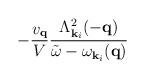
LaTeX: \begin{align*}- \frac{ v_{ {\bf{q}} } }{V}\frac{ \Lambda^{2}_{ {\bf{k}}_{i} }(-{\bf{q}}) }{ {\tilde{\omega}} - \omega_{ {\bf{k}}_{i} }({\bf{q}}) }\end{align*}